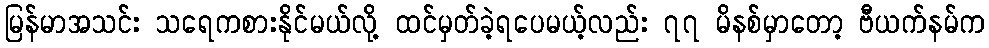
မြန်မာအသင်း သရေကစားနိုင်မယ်လို့ ထင်မှတ်ခဲ့ရပေမယ့်လည်း ၇၇ မိနစ်မှာတော့ ဗီယက်နမ်က